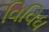
વિવિધ